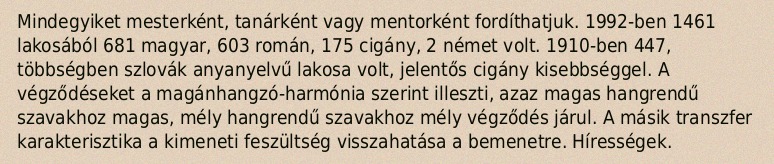
Mindegyiket mesterként, tanárként vagy mentorként fordíthatjuk. 1992-ben 1461 lakosából 681 magyar, 603 román, 175 cigány, 2 német volt. 1910-ben 447, többségben szlovák anyanyelvű lakosa volt, jelentős cigány kisebbséggel. A végződéseket a magánhangzó-harmónia szerint illeszti, azaz magas hangrendű szavakhoz magas, mély hangrendű szavakhoz mély végződés járul. A másik transzfer karakterisztika a kimeneti feszültség visszahatása a bemenetre. Hírességek.